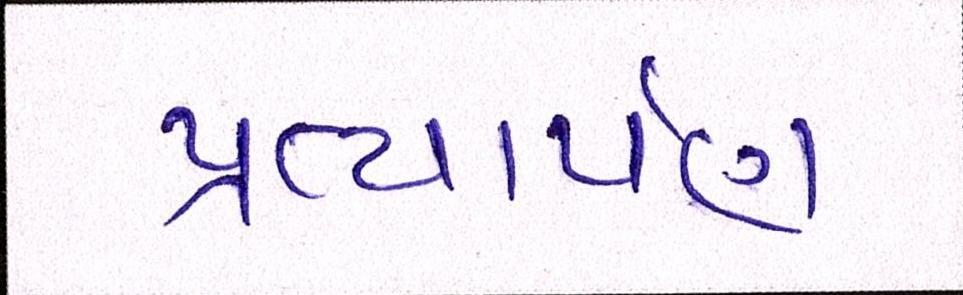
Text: પ્રત્યાર્પણ